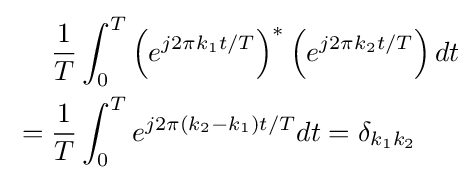
{\begin{aligned}&{\frac {1}{T}}\int _{0}^{T}\left(e^{j2\pi k_{1}t/T}\right)^{*}\left(e^{j2\pi k_{2}t/T}\right)dt\\{}={}&{\frac {1}{T}}\int _{0}^{T}e^{j2\pi \left(k_{2}-k_{1}\right)t/T}dt=\delta _{k_{1}k_{2}}\end{aligned}}